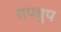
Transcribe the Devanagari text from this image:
रापयुप